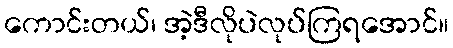
ကောင်းတယ်၊ အဲ့ဒီလိုပဲလုပ်ကြရအောင်။